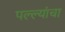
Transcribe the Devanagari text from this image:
पल्ल्यांचा